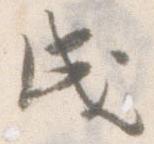
成